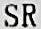
SR